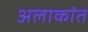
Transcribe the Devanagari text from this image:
अलाकांत